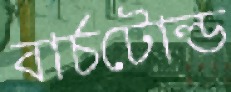
বার্চটোল্ড